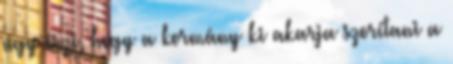
úgy érzi, hogy a kormány ki akarja szorítani a